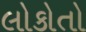
લોકોતો